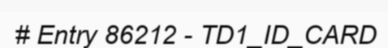
# Entry 86212 - TD1_ID_CARD